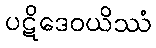
ပဋိဒေဝယိဿံ